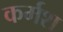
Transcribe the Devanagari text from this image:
कर्मश